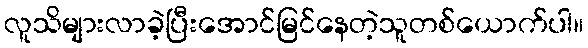
လူသိများလာခဲ့ပြီးအောင်မြင်နေတဲ့သူတစ်ယောက်ပါ။